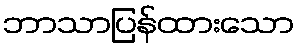
ဘာသာပြန်ထားသော